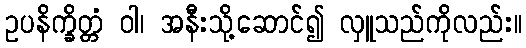
ဥပနိက္ခိတ္တံ ဝါ၊ အနီးသို့ဆောင်၍ လှူသည်ကိုလည်း။